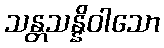
သန္တသန္နိဝါသော